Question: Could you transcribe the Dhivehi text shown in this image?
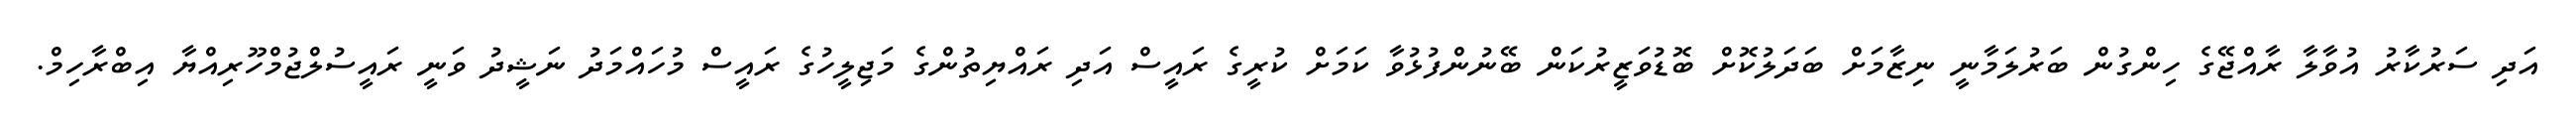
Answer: އަދި ސަރުކާރު އުވާލާ ރާއްޖޭގެ ހިންގުން ބަރުލަމާނީ ނިޒާމަށް ބަދަލުކޮށް ބޮޑުވަޒީރުކަން ބޭނުންފުޅުވާ ކަމަށް ކުރީގެ ރައީސް އަދި ރައްޔިތުންގެ މަޖިލީހުގެ ރައީސް މުހައްމަދު ނަޝީދު ވަނީ ރައީސުލްޖުމްހޫރިއްޔާ އިބްރާހިމް.